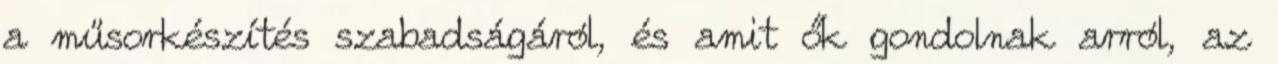
a műsorkészítés szabadságáról, és amit ők gondolnak arról, az